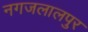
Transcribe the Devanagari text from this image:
नगजलालपुर